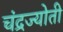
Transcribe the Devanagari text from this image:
चंद्रज्योती